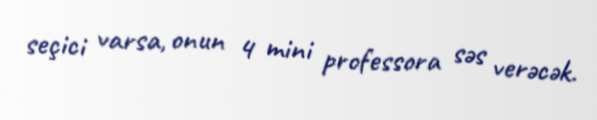
seçici varsa, onun 4 mini professora səs verəcək.